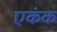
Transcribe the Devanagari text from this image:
एकंक